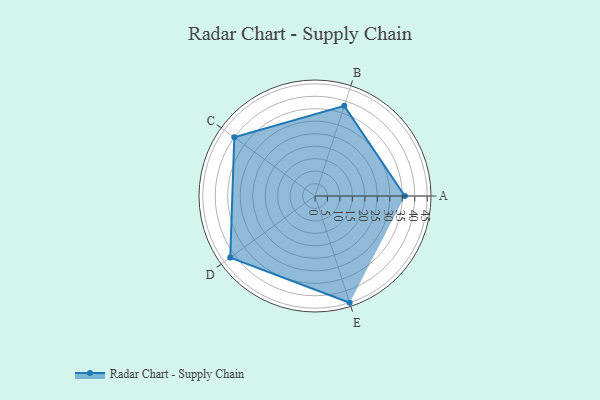
{"axis": {"x": "Skill", "y": "Score"}, "legend": ["Profile"], "data": [{"x": "A", "y": 36.0, "type": "Profile"}, {"x": "B", "y": 38.0, "type": "Profile"}, {"x": "C", "y": 40.0, "type": "Profile"}, {"x": "D", "y": 42.0, "type": "Profile"}, {"x": "E", "y": 45.0, "type": "Profile"}]}